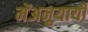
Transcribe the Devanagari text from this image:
मेंअनुयायी